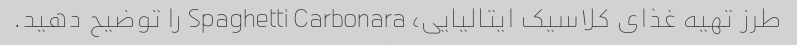
طرز تهیه غذای کلاسیک ایتالیایی، Spaghetti Carbonara را توضیح دهید.